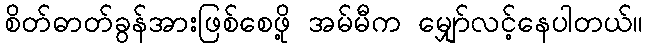
စိတ်ဓာတ်ခွန်အားဖြစ်စေဖို့ အမ်မီက မျှော်လင့်နေပါတယ်။